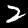
Digit: 2